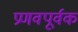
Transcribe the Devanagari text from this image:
प्रणवपूर्वक